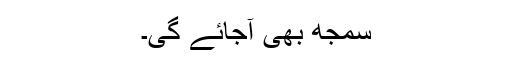
سمجھ بھی آجائے گی۔